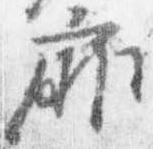
扉